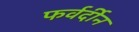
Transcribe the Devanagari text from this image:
फर्वर्दीन